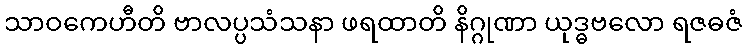
သာဝကေဟီတိ ဗာလပ္ပသံသနာ ဖရထာတိ နိဂ္ဂုဏာ ယုဒ္ဓဗလော ရဇဓဇံ